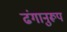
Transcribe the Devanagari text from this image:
ढंगानुरूप